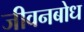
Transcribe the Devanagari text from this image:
जीवनबोध